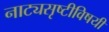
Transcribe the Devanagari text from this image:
नाट्यसृष्टीविषयी